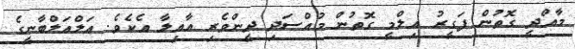
މާއްދީ ގޮތުން ފަގީރު އިލްމީ ގޮތުން މުއްސަދި ދީންވެރި އާއިލާ އެކެވެ. އަލްއަލްބާނީގެ